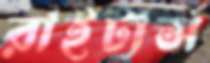
রাইটার্স